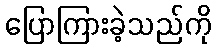
ပြောကြားခဲ့သည်ကို